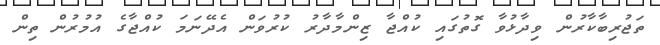
ތަޖުރިބާކާރުން ވިދާޅުވާ ގޮތުގައި ކުއްޖާ ޒިންމާދާރު ކުރުވަން އެދޭނަމަ ކުއްޖާގެ އުމުރުން ތިން